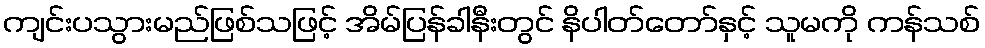
ကျင်းပသွားမည်ဖြစ်သဖြင့် အိမ်ပြန်ခါနီးတွင် နိပါတ်တော်နှင့် သူမကို ကန်သစ်